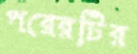
পরেরটির